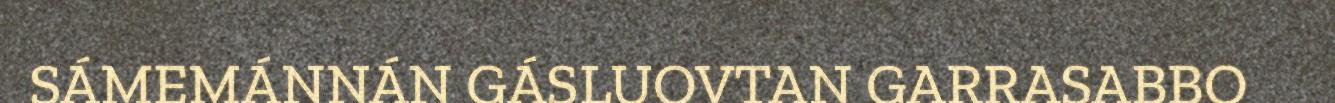
SÁMEMÁNNÁN GÁSLUOVTAN GARRASABBO